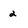
Character: 2